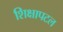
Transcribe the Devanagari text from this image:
शिक्षापटल